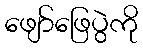
ဖျော်ဖြေပွဲကို